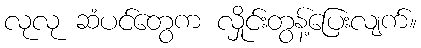
လုလု ဆံပင်တွေက လှိုင်းတွန့်ပြေးလျက်။